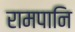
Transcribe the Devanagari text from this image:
रामपानि